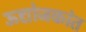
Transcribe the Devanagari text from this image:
ऊद्योजकांत